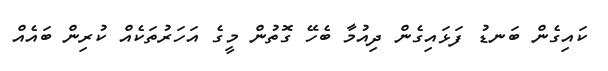
ކައިގެން ބަނޑު ފަޅައިގެން ދިއުމާ ބެހޭ ގޮތުން މީގެ އަހަރުތަކެއް ކުރިން ބައެއް